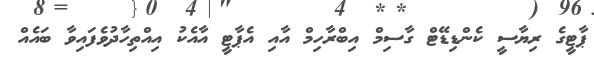
ޕާޓީގެ ރިޔާސީ ކެންޑިޑޭޓް ގާސިމް އިބްރާހިމް އާއި އެޕާޓީ އާއެކު އިއްތިހާދުވެފައިވާ ބައެއް